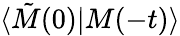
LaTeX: \langle\tilde{M}(0)\vert M(-t)\rangle